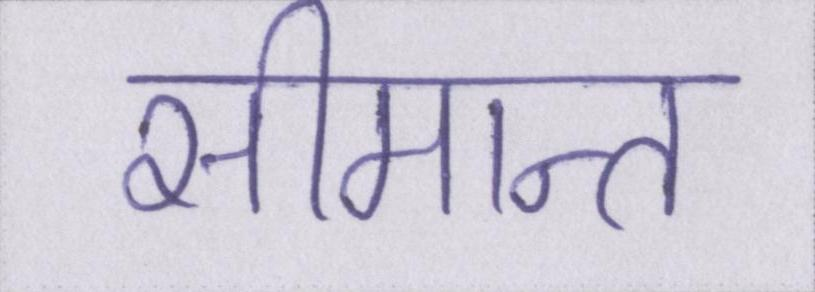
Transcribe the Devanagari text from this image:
सीमान्त